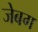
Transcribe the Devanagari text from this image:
जेबग